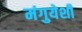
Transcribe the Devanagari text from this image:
मंगुयेशी